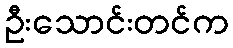
ဦးသောင်းတင်က